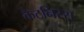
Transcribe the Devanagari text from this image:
कैटनिस्स